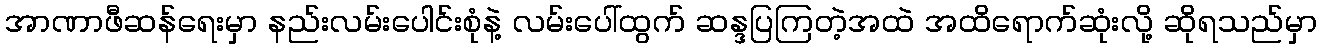
အာဏာဖီဆန်ရေးမှာ နည်းလမ်းပေါင်းစုံနဲ့ လမ်းပေါ်ထွက် ဆန္ဒပြကြတဲ့အထဲ အထိရောက်ဆုံးလို့ ဆိုရသည်မှာ